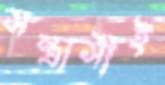
সন্ত্রাসীই